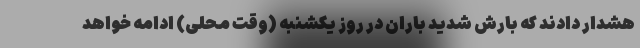
هشدار دادند که بارش شدید باران در روز یکشنبه (وقت محلی) ادامه خواهد